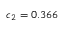
c _ { 2 } = 0 . 3 6 6